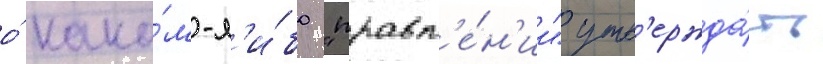
о́ како́м-л'и́бо "правл'е́н'ии" утв'ержда́ть